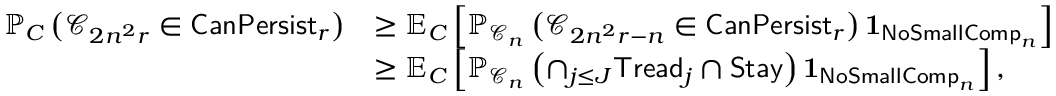
\begin{array} { r l } { \mathbb { P } _ { C } \left( \mathscr { C } _ { 2 n ^ { 2 } r } \in \mathsf { C a n P e r s i s t } _ { r } \right) } & { \geq \mathbb { E } _ { C } \left[ \mathbb { P } _ { \mathscr { C } _ { n } } \left( \mathscr { C } _ { 2 n ^ { 2 } r - n } \in \mathsf { C a n P e r s i s t } _ { r } \right) \mathbf { 1 } _ { \mathsf { N o S m a l l C o m p } _ { n } } \right] } \\ & { \geq \mathbb { E } _ { C } \left[ \mathbb { P } _ { \mathscr { C } _ { n } } \left( \cap _ { j \leq J } \mathsf { T r e a d } _ { j } \cap \mathsf { S t a y } \right) \mathbf { 1 } _ { \mathsf { N o S m a l l C o m p } _ { n } } \right] , } \end{array}